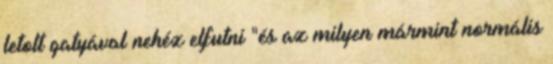
letolt gatyával nehéz elfutni "és az milyen mármint normális